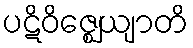
ပဋိဝိဇ္ဈေယျာတိ